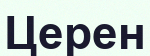
Церен